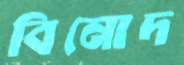
বিনোদ